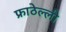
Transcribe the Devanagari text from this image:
फ्राठेल्ली